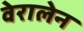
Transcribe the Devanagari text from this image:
वेरालेन